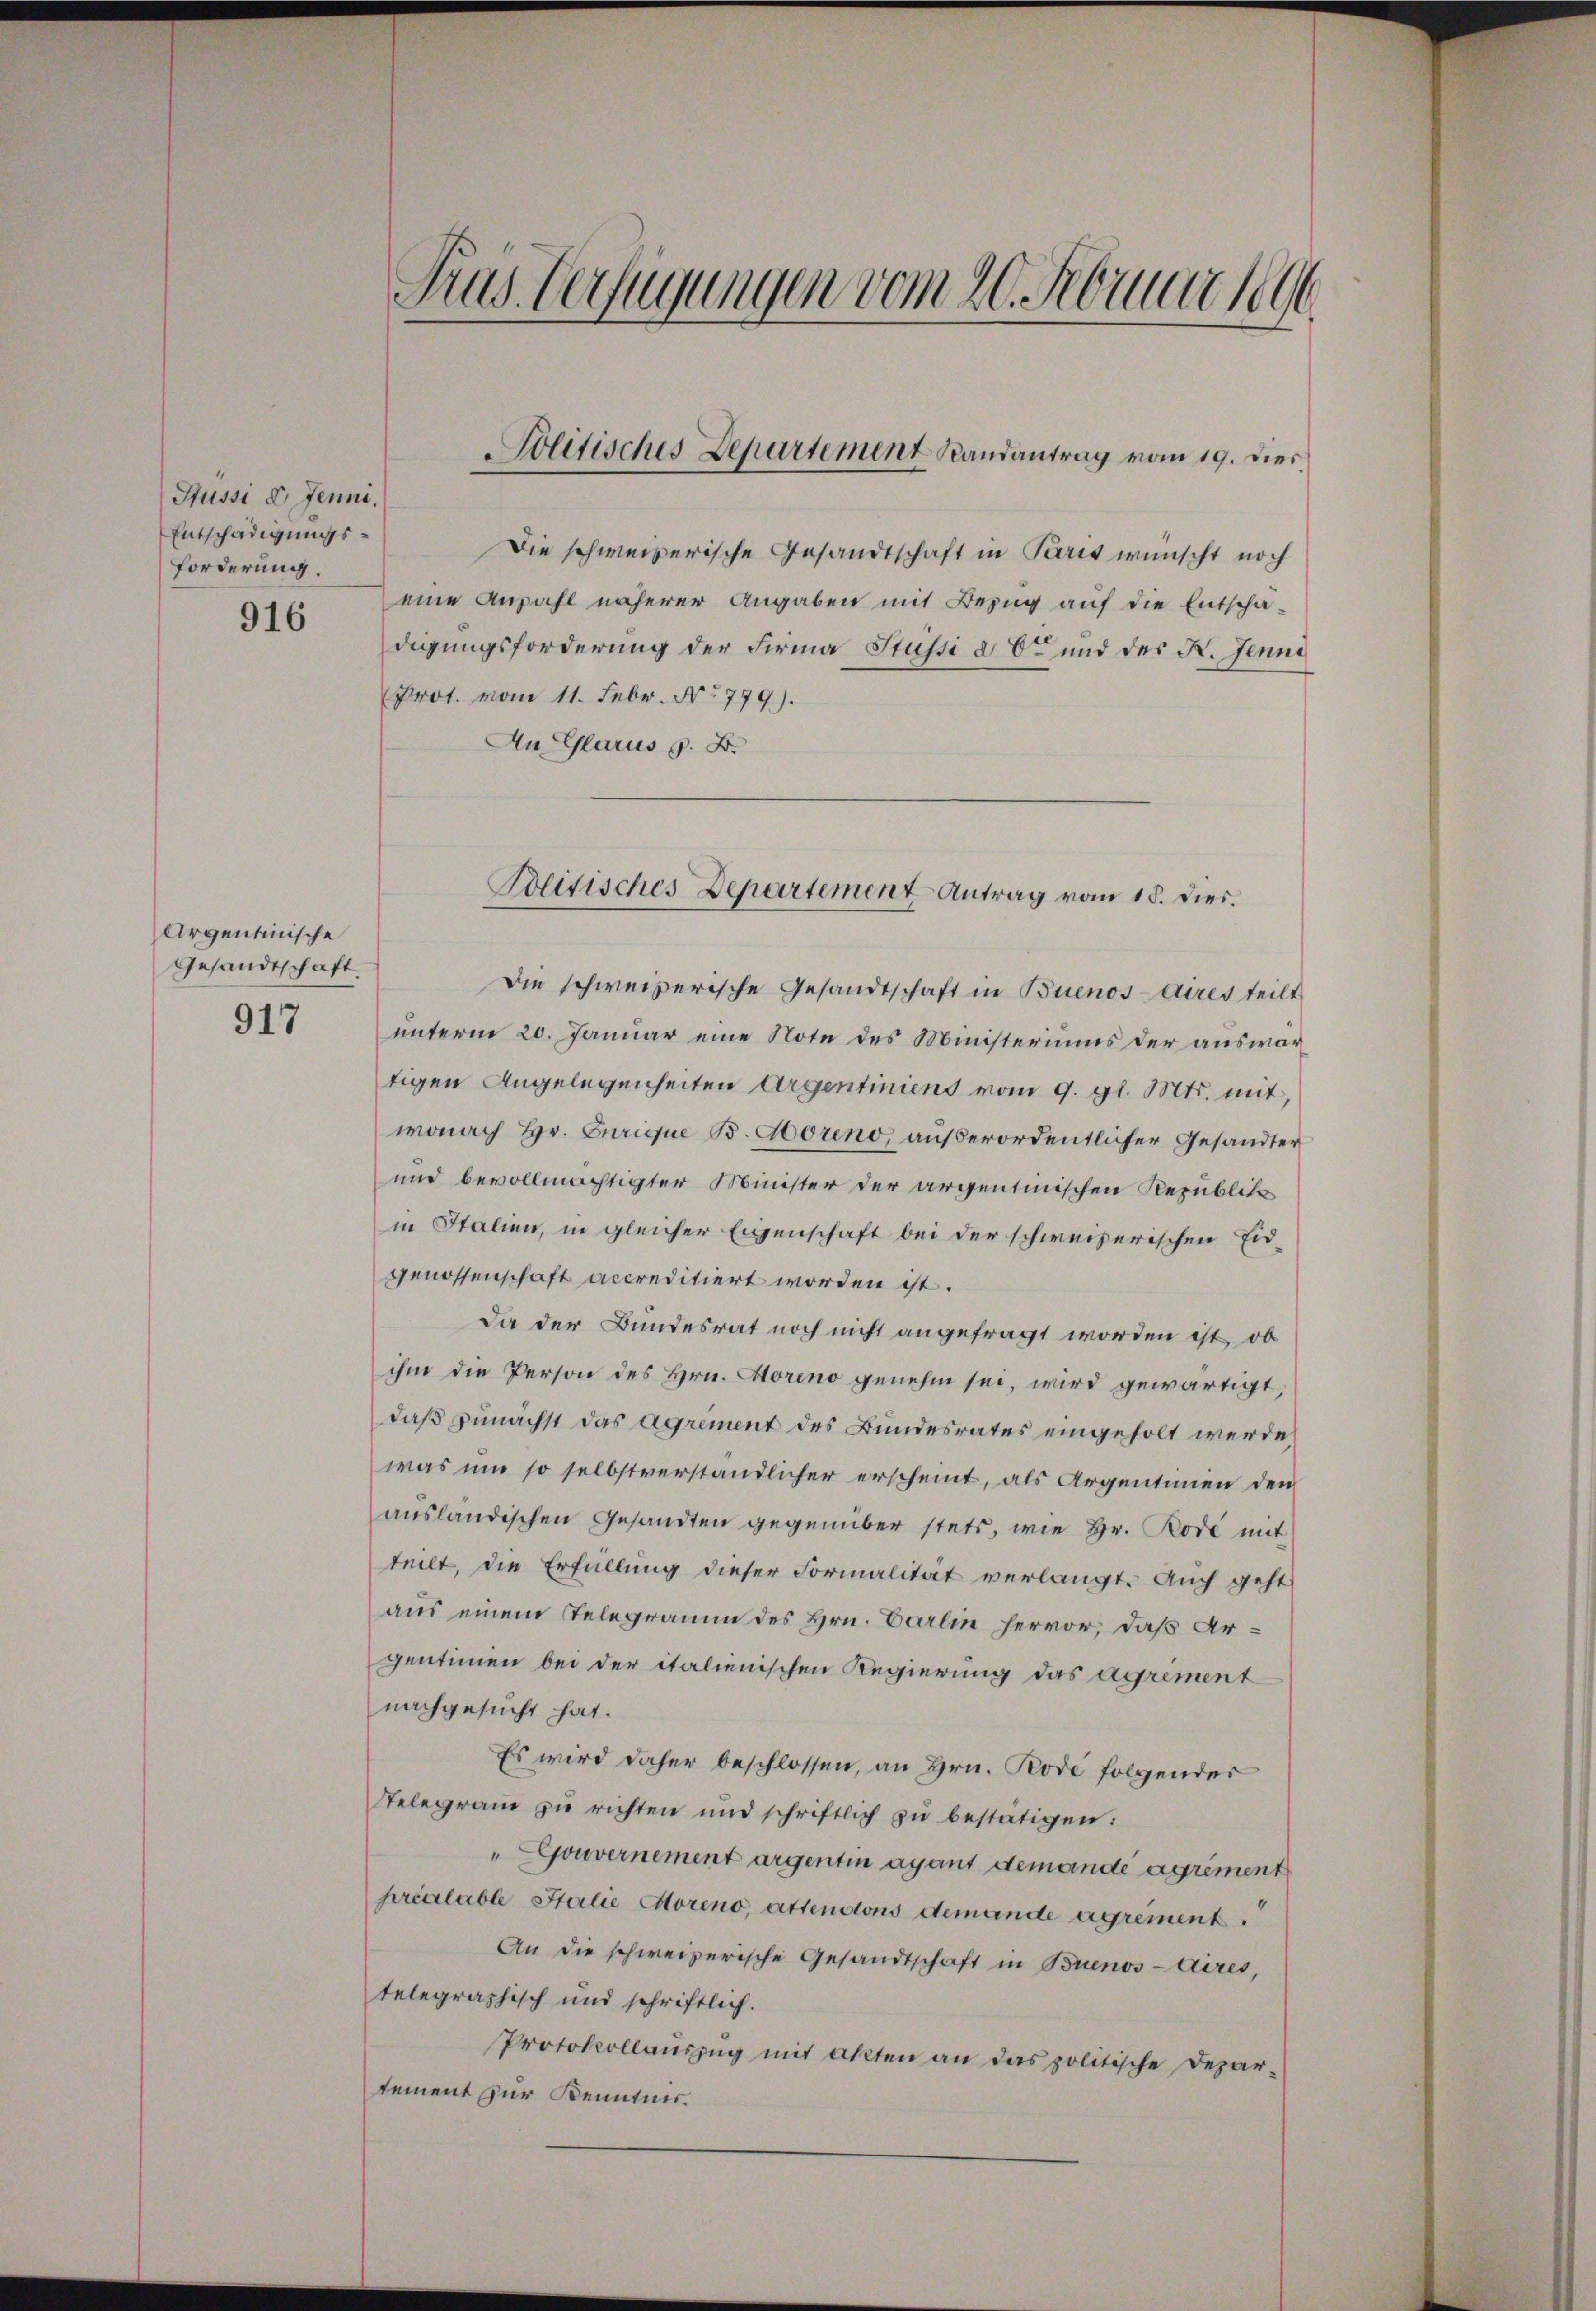
Pussi d. Jenni.
Entschädigungsforderung.

916

Argentinische
Gesandtschaft
917

Tras Verfügungen vom 20. Februar 189

Die schweizerische Gesandtschaft in Paris wünscht noch
eine Anzahl näherer Angaben mit Bezug auf die Entschädigungsforderung der Firma Stussi d. 6te und des K. Jenni
Prot. vom 11. Febr. No 779).
An Glarus z. B.

Solitisches Departement Randantrag vom 19. Dies

Politisches Departement Antrag vom 18. dies.

Die schweizerische Gesandtschaft in Buenos Aires teilt
unterm 20. Januar eine Note des Ministeriums der auswartigen Angelegenheiten Argentiniens vom 9. gl. Mts. mit
wonach Hr. Curique B. Horeno, außerordentlicher Gesandter
und bevollmächtigter Minister der argentinischen Republika
in Italien, in gleicher Eigenschaft bei der schweizerischen Eid-
genossenschaft accreditiert worden ist.
Da der Bundesrat noch nicht angefragt worden ist, ob
ihm die Person des Hrn. Moreno genehm sei, wird gewärtigt,
daß zunächst das agrement des Bundesrates eingeholt werde
was um so selbstverständlicher erscheint, als Argentinen den
aŭsländischen Gesandten gegenüber stets, wie Hr. Rode mit
teilt, die Erfüllung dieser Formalität verlangt. Auch geht
aus einem Telegramm des Hrn. Carlin hervor, daß Argentimen bei der italienischen Regierung das agrément
nachgesucht hat.
Es wird daher beschlossen, an Hrn. Rode folgender
Telegram zu richten und schriftlich zu bestätigen:
"Gouvernement argentin agant demande agrément
préalable Italie Moreno, attensions demande agrement.
An die schweizerische Gesandtschaft in Buenos-Aires,
telegraphisch und schriftlich.
Protokollauszug mit akten an das politische Depar-
tement zur Kenntnis.